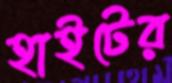
হাইটের